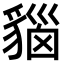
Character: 𧳦